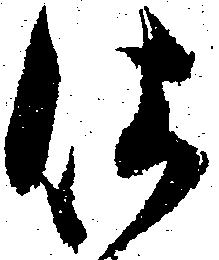
仕